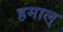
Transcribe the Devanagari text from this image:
हमाल्